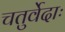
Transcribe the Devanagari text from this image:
चतुर्वेदाः